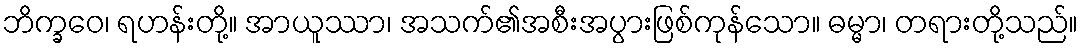
ဘိက္ခဝေ၊ ရဟန်းတို့။ အာယူဿာ၊ အသက်၏အစီးအပွားဖြစ်ကုန်သော။ ဓမ္မာ၊ တရားတို့သည်။